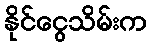
နိုင်ငွေသိမ်းက